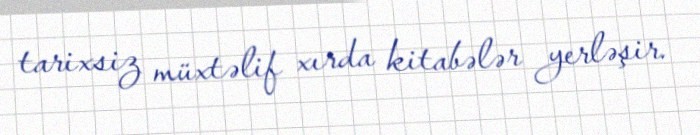
tarixsiz müxtəlif xırda kitabələr yerləşir.